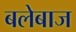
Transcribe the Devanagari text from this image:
बलेबाज